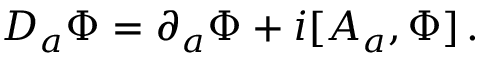
D _ { a } \Phi = \partial _ { a } \Phi + i [ A _ { a } , \Phi ] \, .